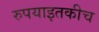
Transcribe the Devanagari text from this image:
रुपयाइतकीच